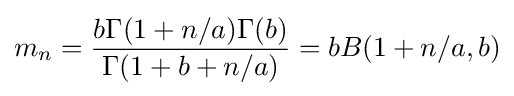
m_{n}={\frac {b\Gamma (1+n/a)\Gamma (b)}{\Gamma (1+b+n/a)}}=bB(1+n/a,b)